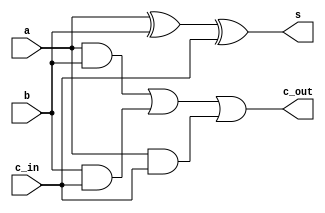
`timescale 1ns / 1ps

module full_adder(s,c_out,a, b, c_in);
    output reg s, c_out;
    input a,b,c_in;
    
    always @(*)
    begin;
    s = a ^ b ^ c_in;
    c_out = (a & b) | (b & c_in) | (a & c_in);
    end
endmodule